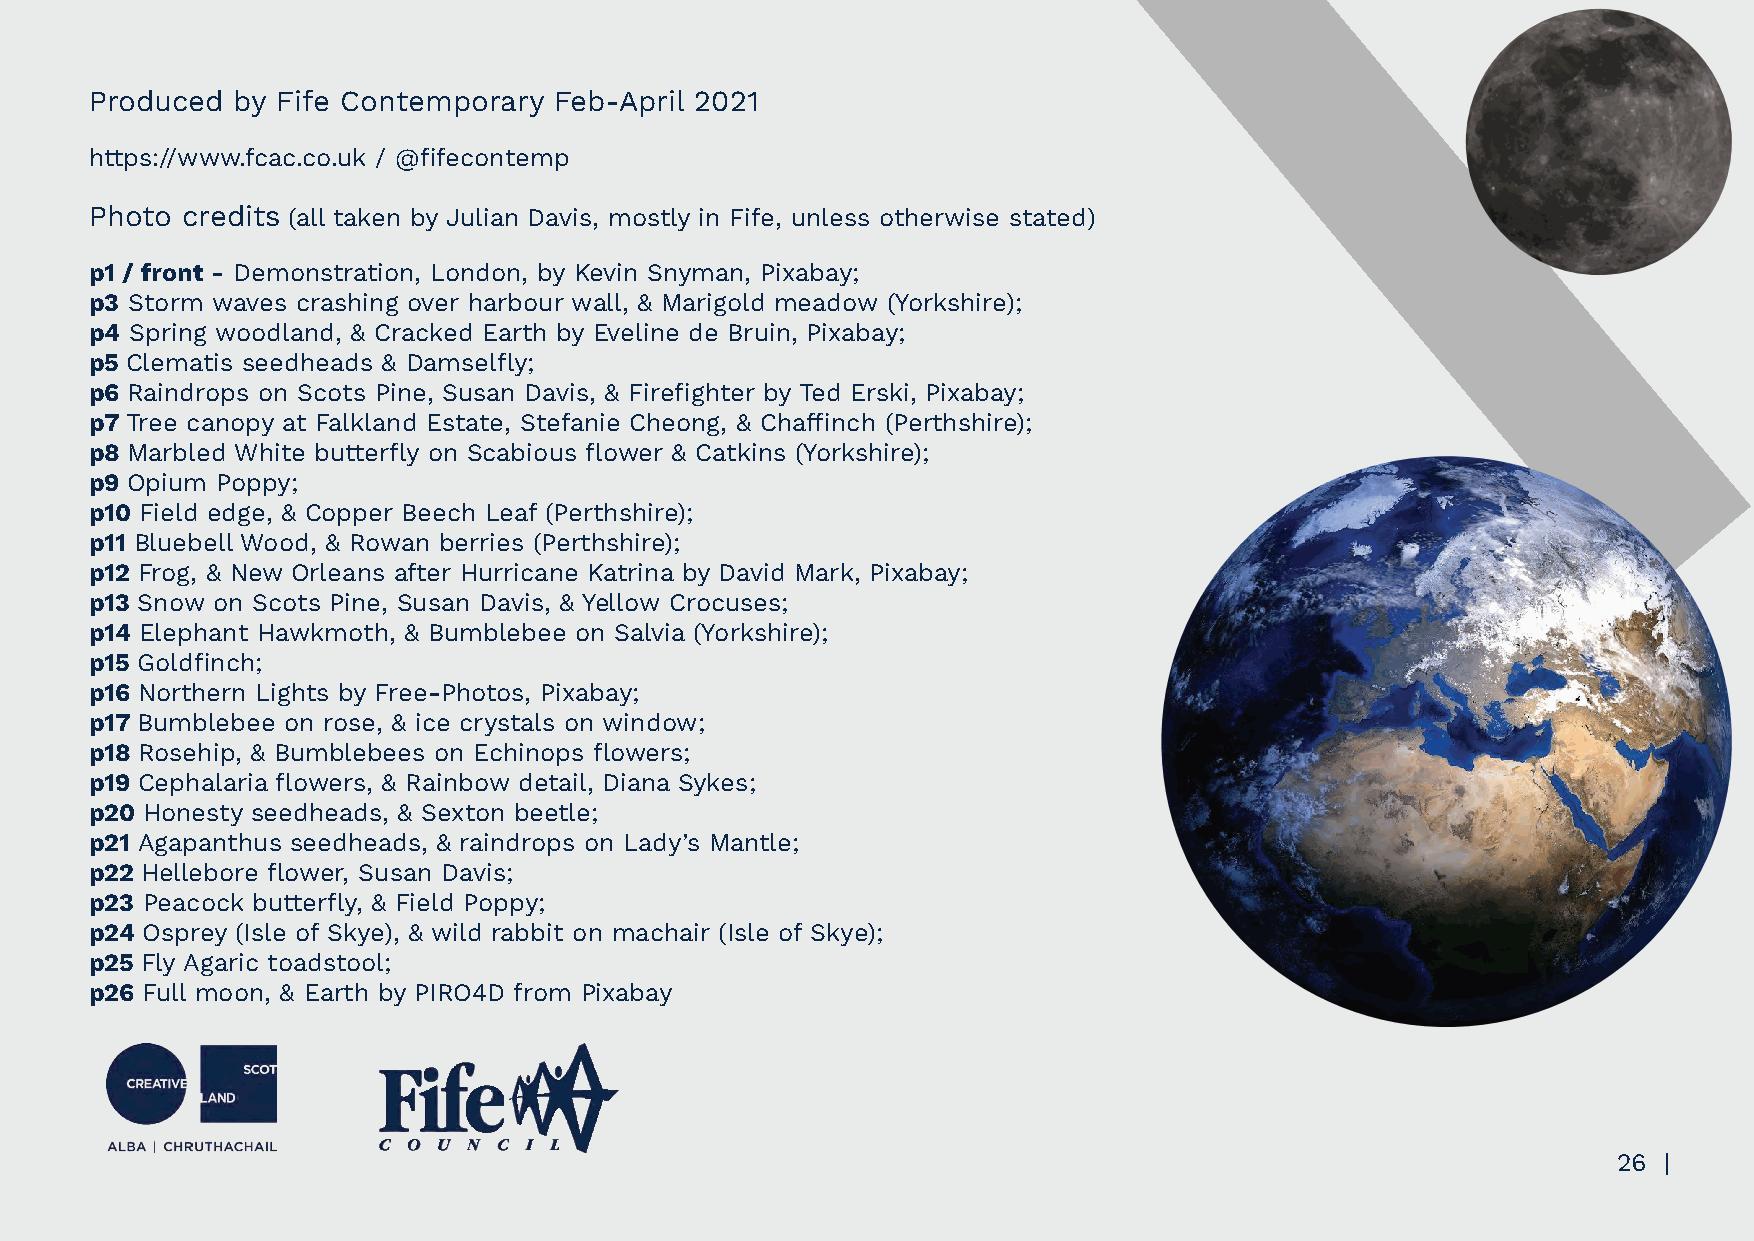
Produced by Fife Contemporary  Feb-April 2021
 https://www.fcac.co.uk / @fifecontemp
 Photo credits (all taken by Julian Davis, mostly in Fife, unless otherwise stated)
 p1 / front - Demonstration, London, by Kevin Snyman, Pixabay;
 p3 Storm waves crashing over harbour wall, & Marigold meadow (Yorkshire);
 p4 Spring woodland, & Cracked Earth by Eveline de Bruin, Pixabay;
 p5 Clematis seedheads & Damselfly;
 p6 Raindrops on Scots Pine, Susan Davis, & Firefighter by Ted Erski, Pixabay;
 p7 Tree canopy at Falkland Estate, Stefanie Cheong, & Chaffinch (Perthshire);
 p8 Marbled White butterfly on Scabious flower & Catkins (Yorkshire);
 p9 Opium Poppy;
 p10 Field edge, & Copper Beech Leaf (Perthshire);
 p11 Bluebell Wood, & Rowan berries (Perthshire);
 p12 Frog, & New Orleans after Hurricane Katrina by David Mark, Pixabay;
 p13 Snow on Scots Pine, Susan Davis, & Yellow Crocuses;
 p14 Elephant Hawkmoth, & Bumblebee on Salvia (Yorkshire);
 p15 Goldfinch;
 p16 Northern Lights by Free-Photos, Pixabay;
 p17 Bumblebee on rose, & ice crystals on window;
 p18 Rosehip, & Bumblebees on Echinops flowers;
 p19 Cephalaria flowers, & Rainbow detail, Diana Sykes;
 p20 Honesty seedheads, & Sexton beetle;
 p21 Agapanthus seedheads, & raindrops on Lady’s Mantle;
 p22 Hellebore flower, Susan Davis;
 p23 Peacock butterfly, & Field Poppy;
 p24 Osprey (Isle of Skye), & wild rabbit on machair (Isle of Skye);
 p25 Fly Agaric toadstool;
 p26 Full moon, & Earth by PIRO4D from Pixabay
 26 |